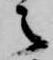
之